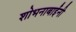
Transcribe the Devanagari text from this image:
शोभनाबाईंनी